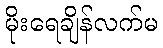
မိုးရေချိန်လက်မ